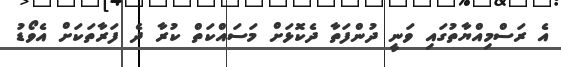
އެ ރަސްމިއްޔާތުގައި ވަނީ ދުންފަތާ ދެކޮޅަށް މަސައްކަތް ކުރާ ދެ ފަރާތަކަށް އެވޯޑު